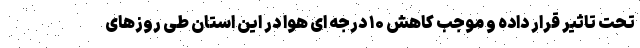
تحت تاثیر قرار داده و موجب کاهش ۱۰ درجه ای هوا در این استان طی روزهای